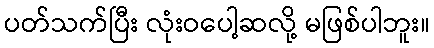
ပတ်သက်ပြီး လုံးဝပေါ့ဆလို့ မဖြစ်ပါဘူး။